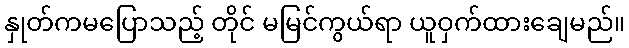
နှုတ်ကမပြောသည့် တိုင် မမြင်ကွယ်ရာ ယူဝှက်ထားချေမည်။